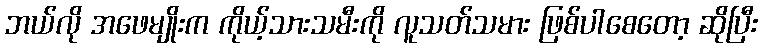
ဘယ်လို အဖေမျိုးက ကိုယ့်သားသမီးကို လူသတ်သမား ဖြစ်ပါစေတော့ ဆိုပြီး